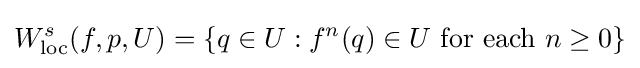
W_{\mathrm {loc} }^{s}(f,p,U)=\{q\in U:f^{n}(q)\in U{\mbox{ for each }}n\geq 0\}